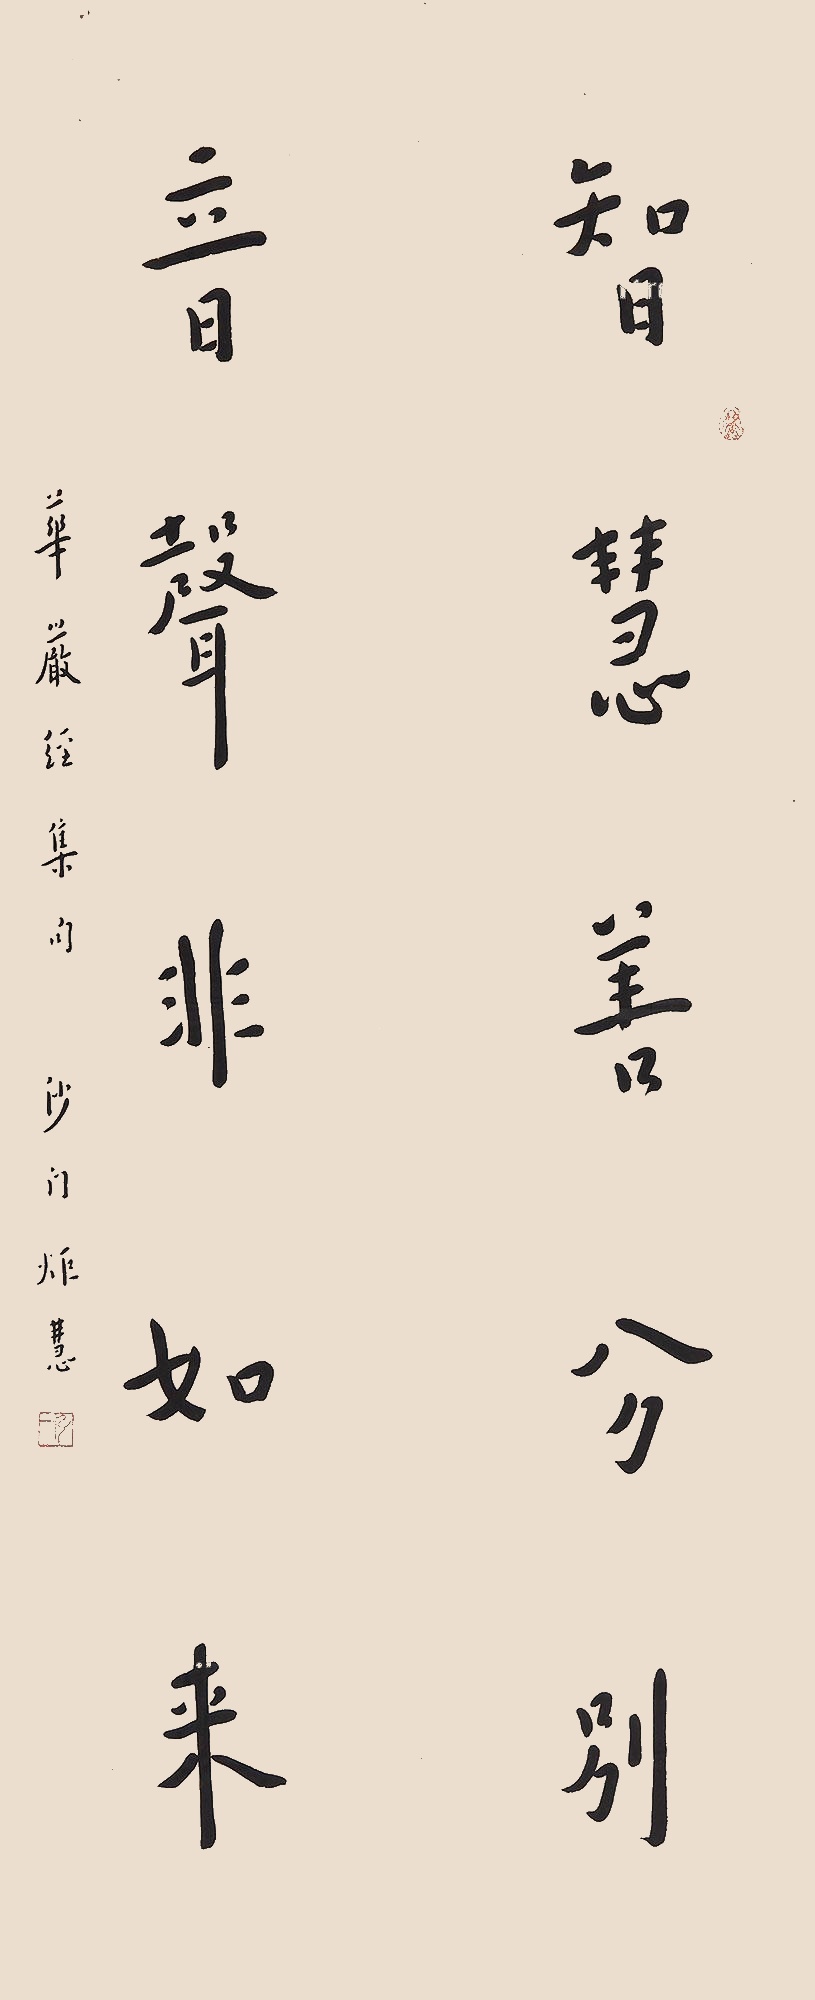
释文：智慧善分别，音声非如来。华严经集句，沙门炬慧。